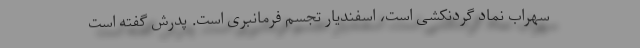
سهراب نماد گردنکشی است، اسفندیار تجسم فرمانبری است. پدرش گفته است